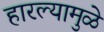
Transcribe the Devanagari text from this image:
हारल्यामुळे